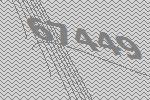
67449